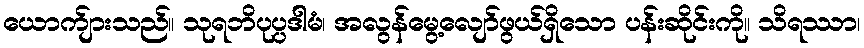
ယောက်ျားသည်။ သုရဘိပုပ္ပဒါမံ၊ အလွန်မွေ့လျော်ဖွယ်ရှိသော ပန်းဆိုင်းကို။ သိရဿာ၊